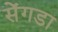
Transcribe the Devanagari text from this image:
सेंगडा